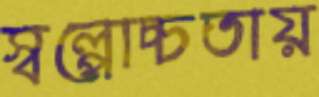
স্বল্পোচ্চতায়